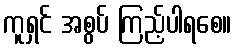
ကူရှင် အစွပ် ကြည့်ပါရစေ။